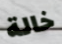
خالة